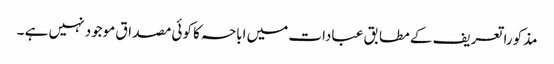
مذکورا تعریف کے مطابق عبادات میں اباحہ کا کوئی مصداق موجود نہیں ہے ۔